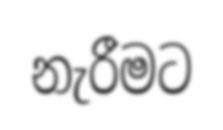
නැරීමට